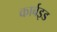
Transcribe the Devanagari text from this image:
कार्बइड